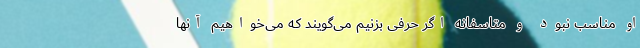
او مناسب نبود و متاسفانه اگر حرفی بزنیم می‌گویند که می‌خواهیم آنها